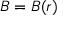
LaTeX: { \boldsymbol { B } } = { \boldsymbol { B } } ( { \boldsymbol { r } } )